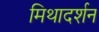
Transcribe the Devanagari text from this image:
मिथादर्शन